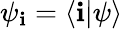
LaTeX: \psi_{\mathbf{i}}=\langle\mathbf{i}|\psi\rangle